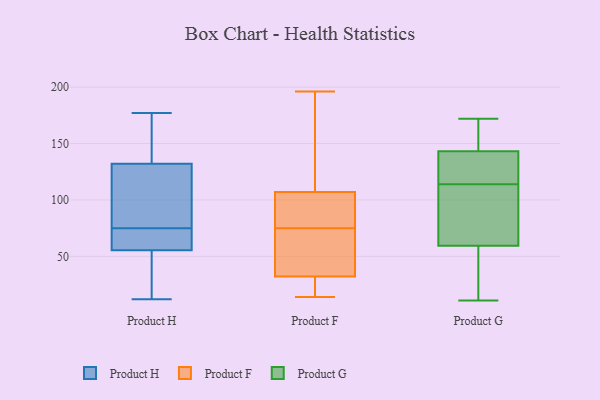
{"axis": {"x": "LTV (USD)", "y": "Value"}, "legend": ["Product F", "Product G", "Product H"], "data": [{"x": "", "y": 21, "type": "Product H"}, {"x": "", "y": 63, "type": "Product H"}, {"x": "", "y": 93, "type": "Product H"}, {"x": "", "y": 54, "type": "Product H"}, {"x": "", "y": 135, "type": "Product H"}, {"x": "", "y": 12, "type": "Product H"}, {"x": "", "y": 177, "type": "Product H"}, {"x": "", "y": 97, "type": "Product H"}, {"x": "", "y": 147, "type": "Product H"}, {"x": "", "y": 164, "type": "Product H"}, {"x": "", "y": 84, "type": "Product H"}, {"x": "", "y": 56, "type": "Product H"}, {"x": "", "y": 32, "type": "Product H"}, {"x": "", "y": 75, "type": "Product H"}, {"x": "", "y": 131, "type": "Product H"}, {"x": "", "y": 66, "type": "Product H"}, {"x": "", "y": 65, "type": "Product H"}, {"x": "", "y": 25, "type": "Product F"}, {"x": "", "y": 14, "type": "Product F"}, {"x": "", "y": 125, "type": "Product F"}, {"x": "", "y": 59, "type": "Product F"}, {"x": "", "y": 53, "type": "Product F"}, {"x": "", "y": 90, "type": "Product F"}, {"x": "", "y": 196, "type": "Product F"}, {"x": "", "y": 70, "type": "Product F"}, {"x": "", "y": 75, "type": "Product F"}, {"x": "", "y": 27, "type": "Product F"}, {"x": "", "y": 158, "type": "Product F"}, {"x": "", "y": 149, "type": "Product F"}, {"x": "", "y": 94, "type": "Product F"}, {"x": "", "y": 101, "type": "Product F"}, {"x": "", "y": 34, "type": "Product F"}, {"x": "", "y": 24, "type": "Product F"}, {"x": "", "y": 95, "type": "Product F"}, {"x": "", "y": 65, "type": "Product G"}, {"x": "", "y": 129, "type": "Product G"}, {"x": "", "y": 154, "type": "Product G"}, {"x": "", "y": 122, "type": "Product G"}, {"x": "", "y": 11, "type": "Product G"}, {"x": "", "y": 143, "type": "Product G"}, {"x": "", "y": 60, "type": "Product G"}, {"x": "", "y": 105, "type": "Product G"}, {"x": "", "y": 108, "type": "Product G"}, {"x": "", "y": 58, "type": "Product G"}, {"x": "", "y": 144, "type": "Product G"}, {"x": "", "y": 150, "type": "Product G"}, {"x": "", "y": 24, "type": "Product G"}, {"x": "", "y": 114, "type": "Product G"}, {"x": "", "y": 134, "type": "Product G"}, {"x": "", "y": 46, "type": "Product G"}, {"x": "", "y": 172, "type": "Product G"}]}